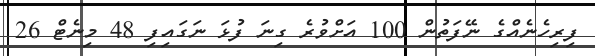
ފިރިހެނެއްގެ ނޭފަތުން 100 އަށްވުރެ ގިނަ ފުޅަ ނަގައިފި 48 މިނެޓް 26